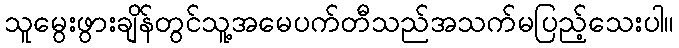
သူမွေးဖွားချိန်တွင်သူ့အမေပက်တီသည်အသက်မပြည့်သေးပါ။